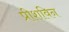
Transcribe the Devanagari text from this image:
प्रीशविन